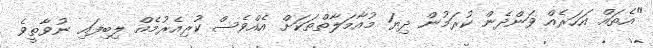
"އެތައް އަހަރެއް ވަންދެން ކުރަމުން ދިޔަ މުއާމަލާތްތަކަށް އެއްވެސް ކުރިއެރުމެއް ލިބިފައި ނުވާތީވެ